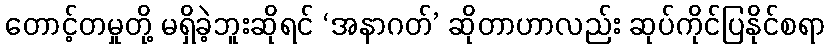
တောင့်တမှုတို့ မရှိခဲ့ဘူးဆိုရင် ‘အနာဂတ်’ ဆိုတာဟာလည်း ဆုပ်ကိုင်ပြနိုင်စရာ